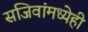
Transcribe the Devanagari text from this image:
सजिवांमध्येही